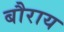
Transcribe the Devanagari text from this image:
बौराय